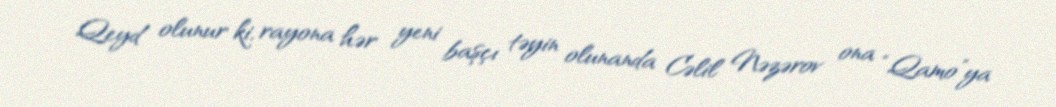
Qeyd olunur ki, rayona hər yeni başçı təyin olunanda Cəlil Nəzərov ona “Qamo”ya